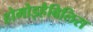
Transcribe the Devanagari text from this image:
होमोइहैबिलिस